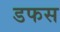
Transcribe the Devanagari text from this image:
डफस